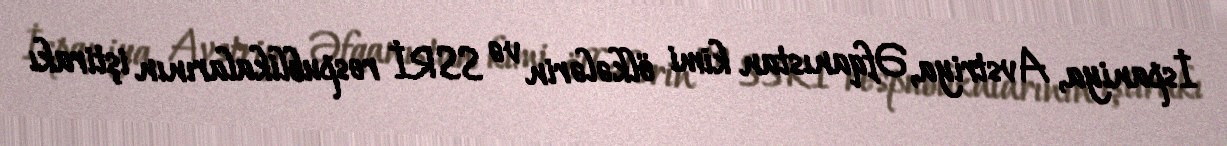
İspaniya, Avstriya, Əfqanıstan kimi ölkələrin və SSRİ respublikalarının iştirakı